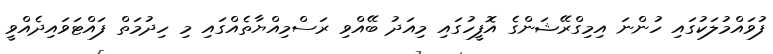
ފުވައްމުލަކުގައި ހުންނަ އިމިގްރޭޝަންގެ އޮފީހުގައި މިއަދު ބޭއްވި ރަސްމިއްޔާތެއްގައި މި ހިދުމަތް ފައްޓަވައިދެއްވީ